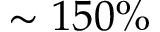
\sim 1 5 0 \%